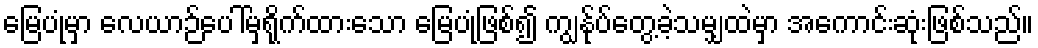
မြေပုံမှာ လေယာဉ်ပေါ်မှရိုက်ထားသော မြေပုံဖြစ်၍ ကျွန်ုပ်တွေ့ခဲ့သမျှထဲမှာ အကောင်းဆုံးဖြစ်သည်။